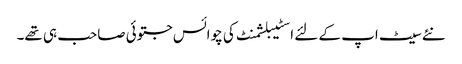
نئے سیٹ اپ کے لئے اسٹیبلشمنٹ کی چوائس جتوئی صاحب ہی تھے۔